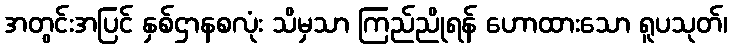
အတွင်းအပြင် နှစ်ဌာနစလုံး သိမှသာ ကြည်ညိုရန် ဟောထားသော ရူပသုတ်၊